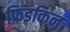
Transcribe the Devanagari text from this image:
फ्रिडकिन